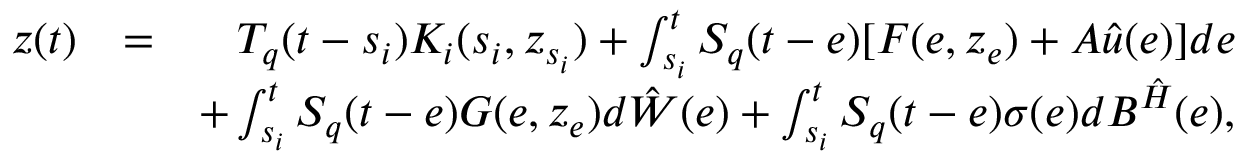
\begin{array} { r l r } { z ( t ) } & { = } & { { \cal T } _ { q } ( t - s _ { i } ) { \cal K } _ { i } ( s _ { i } , z _ { s _ { i } } ) + \int _ { s _ { i } } ^ { t } { \cal S } _ { q } ( t - e ) [ { \cal F } ( e , z _ { e } ) + { \cal A } \hat { u } ( e ) ] d e } \\ & { } & { + \int _ { s _ { i } } ^ { t } { \cal S } _ { q } ( t - e ) { \cal G } ( e , z _ { e } ) d \hat { \cal W } ( e ) + \int _ { s _ { i } } ^ { t } { \cal S } _ { q } ( t - e ) \sigma ( e ) d { \cal B } ^ { \hat { \cal H } } ( e ) , } \end{array}